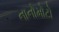
નાનોમોટો